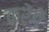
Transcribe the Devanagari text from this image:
करेंगेें